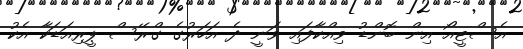
އެސްޓީއޯ އިން ބޮންޑު ވިއްކާފައި ވަނީ ދެ އަހަރުގެ ގްރޭސް ޕީރިއަޑަކާ އެކު